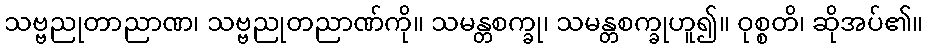
သဗ္ဗညုတာညာဏ၊ သဗ္ဗညုတညာဏ်ကို။ သမန္တစက္ခု၊ သမန္တစက္ခုဟူ၍။ ဝုစ္စတိ၊ ဆိုအပ်၏။